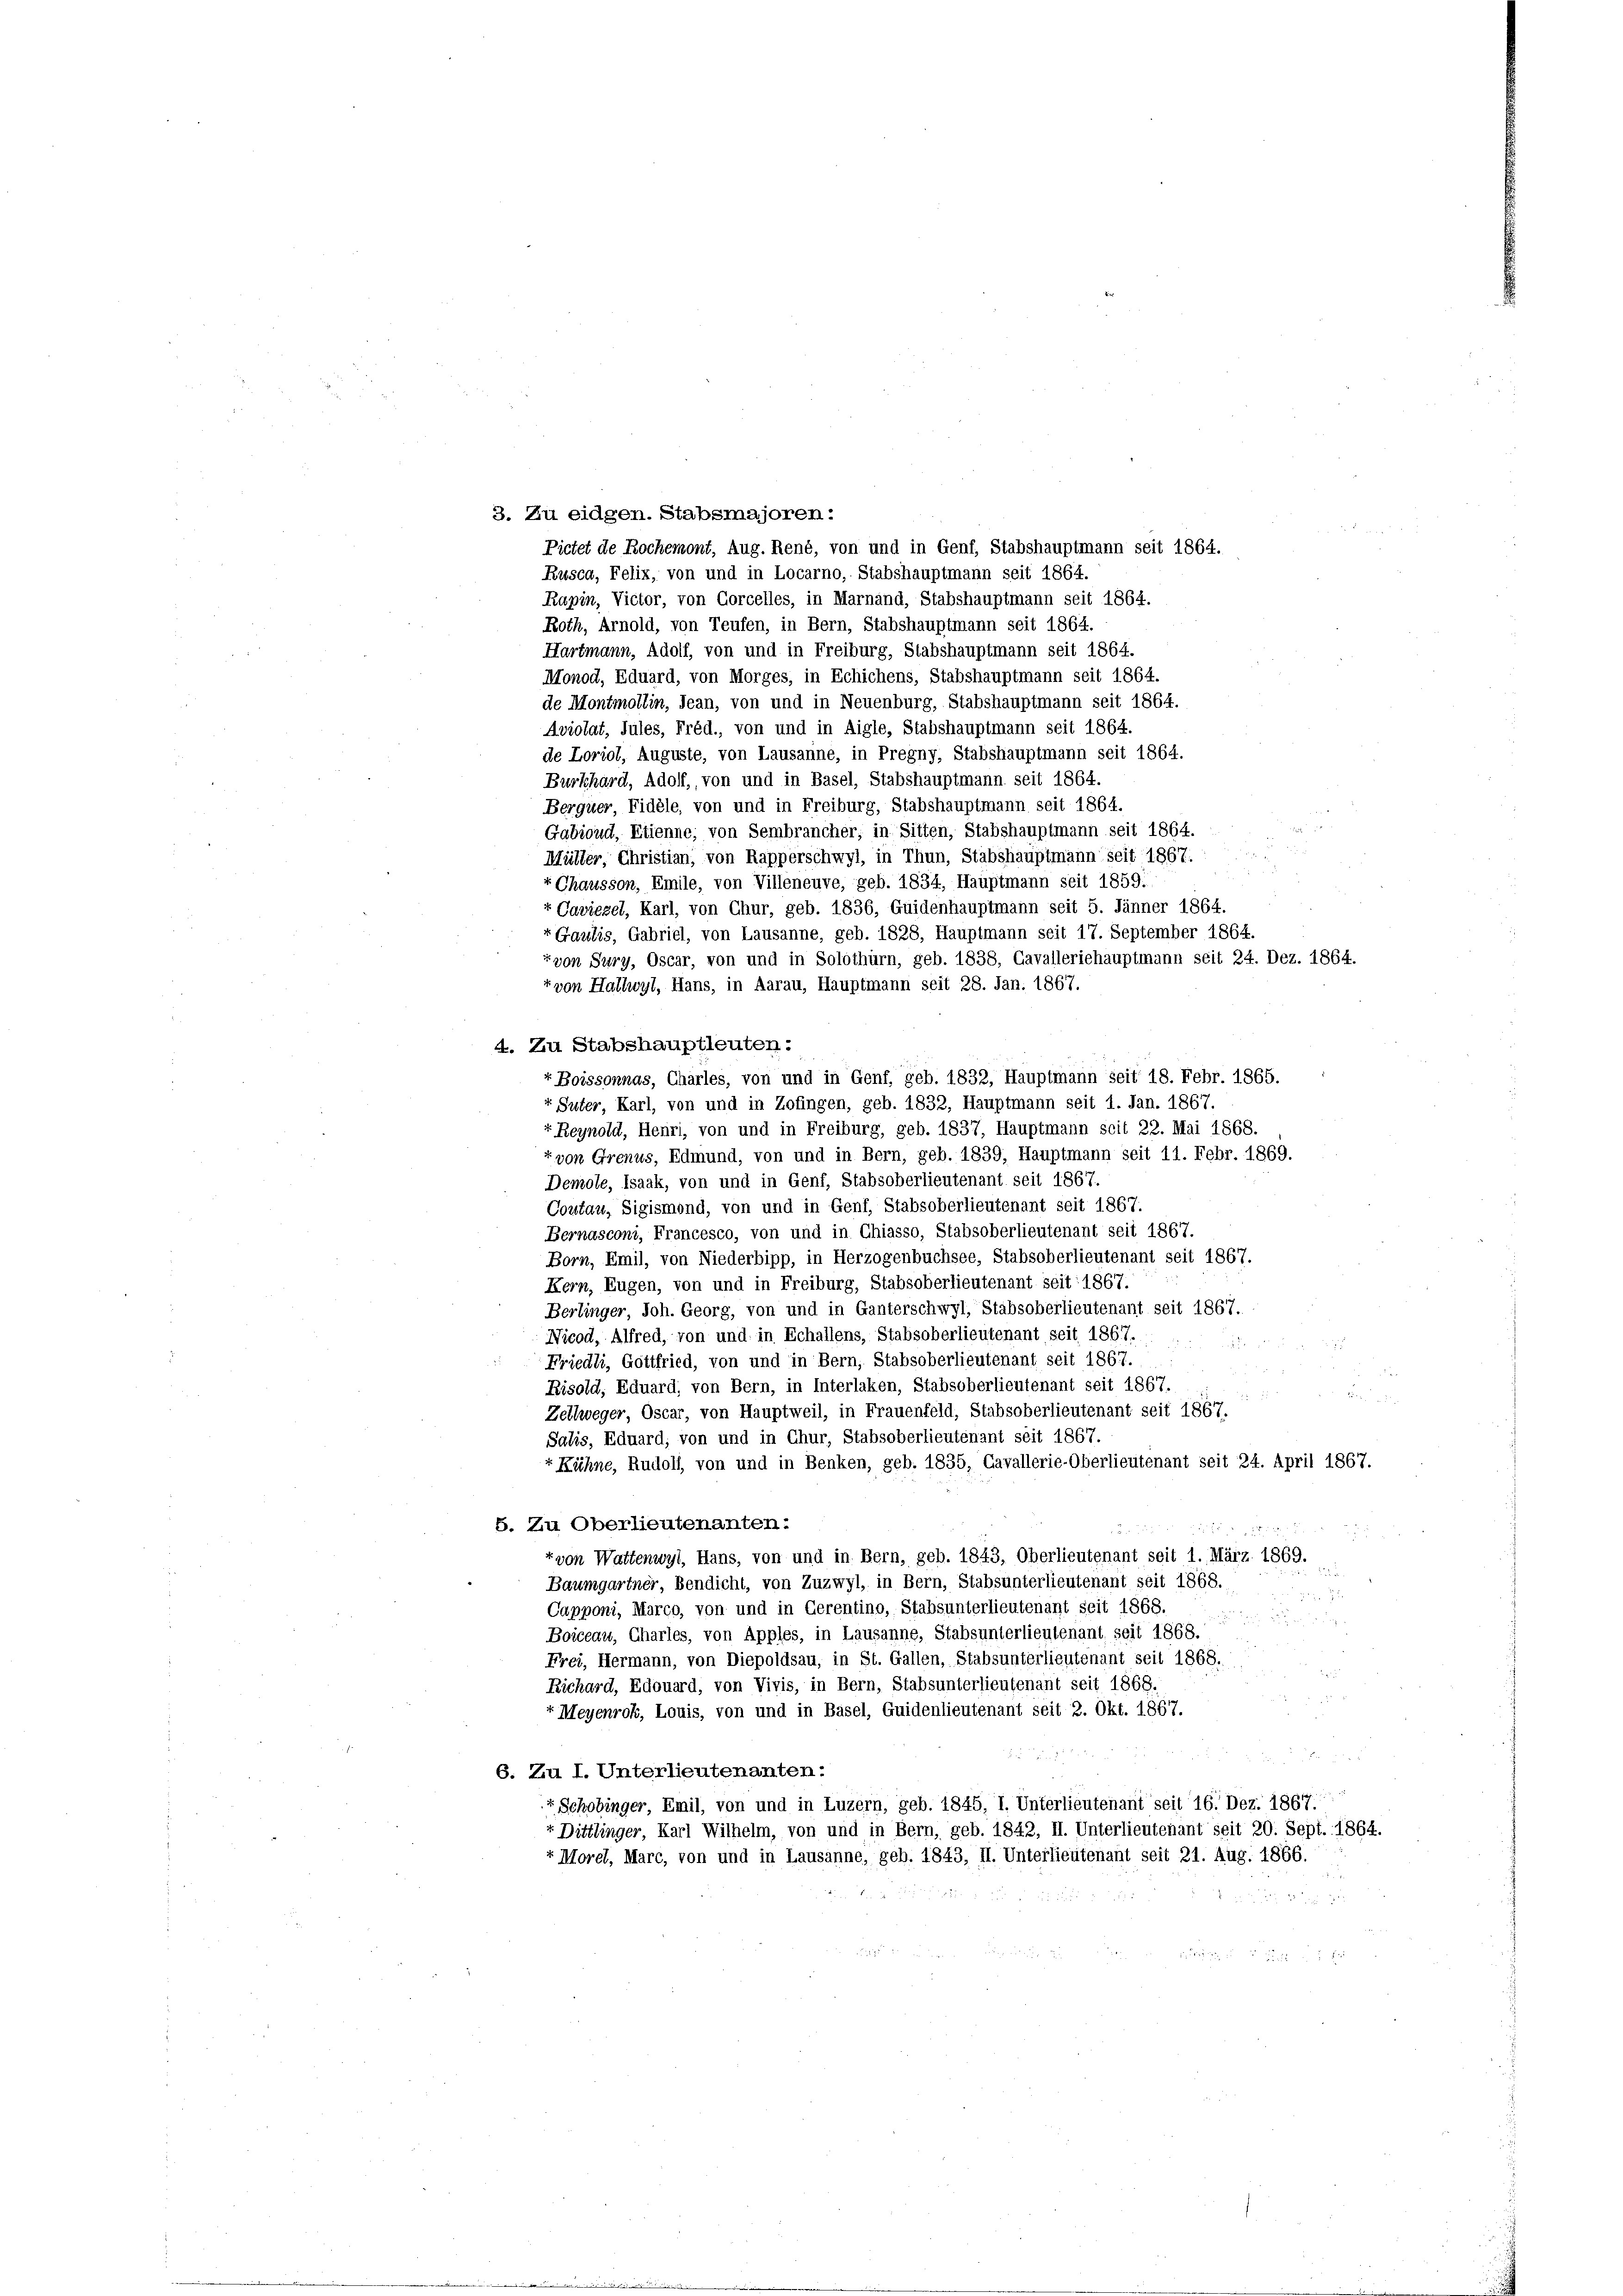
3. Zu eidgen. Stabsmajoren:
Rusca, Felix, von und in Locarno, Stabshauptmann seit 1864.
Rapin, Victor, von Gorcelles, in Marnand, Stabshauptmann seit 1864.
Roth, Arnold, von Teufen, in Bern, Stabshauptmann seit 1864.
Hartmann, Adolf, von und in Freiburg, Stabshauptmann seit 1864.
Monod, Eduard, von Morges, in Echichens, Stabshauptmann seit 1864.
de Montmollin, dean, von und in Neuenburg, Stabshauptmann seit 1864.
Aviolat, Jules, Fréd., von und in Aigle, Stabshauptmann seit 1864.
de Loriol, Auguste, von Lausanne, in Pregny, Stabshauptmann seit 1864.
Burkhard, Adolf, von und in Basel, Stabshauptmann seit 1864.
Berquer, Fidele, von und in Freiburg, Stabshauptmann seit 1864.
Gabioud, Etienne; von Sembrancher, in Sitten, Stabshauptmann seit 1864.
Müller, Christian, von Rapperschwyl, in Thun, Stabshauptmann seit 1867.
+ Chausson, Emile, von Villeneuve, geb. 1834, Hauptmann seit 1859:
r Cariezel, Karl, von Chur, geb. 1836, Guidenhauptmann seit 5. Jänner 1864.
rGaulis, Gabriel, von Lausanne, geb. 1828, Hauptmann seit 17. September 1864.
rvon Sury, Oscar, von und in Solothurn, geb. 1838, Cavalleriehauptmann seit 24. Dez. 1864.
r von Hallwyl, Hans, in Aarau, Hauptmann seit 28. Jan. 1867.
4. Zu Stabshauptleuten:
r Boissonnas, Charles, von und in Genf, geb. 1832, Hauptmann seit 18. Febr. 1865.
«. Suter, Karl, von und in Zofingen, geb. 1832, Hauptmann seit 1. Jan. 1867.
“ Reynold, Henri, von und in Freiburg, geb. 1837, Hauptmann seit 22. Mai 1868.
t von Grenus, Edmund, von und in Bern, geb. 1839, Hauptmann seit 11. Febr. 1869.
Demole, Isaak, von und in Genf, Stabsoberlieutenant seit 1867.
Coutau, Sigismond, von und in Genf, Stabsoberlieutenant seit 1867.
Bernasconi, Francesco, von und in Chiasso, Stabsoberlieutenant seit 1867.
Born, Emil, von Niederbipp, in Herzogenbuchsee, Stabsoberlieutenant seit 1867.
Kern, Eugen, von und in Freiburg, Stabsoberlieutenant seit 1867.
Berlinger, Joh. Georg, von und in Ganterschwyl, Stabsoberlieutenant seit 1867.
Nicod, Alfred, von und in Echallens, Stabsoberlieutenant seit 1867.
.
Friedli, Gottfried, von und in Bern, Stabsoberlieutenant seit 1867.
Fisold, Eduard, von Bern, in Interlaken, Stabsoberlieutenant seit 1867.
u
Zellweger, Oscar, von Hauptweil, in Frauenfeld, Stabsoberlieutenant seit 1867.
Salis, Eduard, von und in Chur, Stabsoberlieutenant seit 1867.
+ Kühne, Rudolf, von und in Benken, geb. 1835, Cavallerie-Oberlieutenant seit 24. April 1867.
5. Zu Oberlieutenanten:
2
x
+ von Wattenwyl, Hans, von und in Bern, geb. 1843, Oberlieutenant seit 1. März. 1869.
Baumgartner, Bendicht, von Zuzwyl, in Bern, Stabsunterlieutenant seit 1868.

Capponi, Marco, von und in Gerentino, Stabsunterlieutenant seit 1868.

Boiceau, Charles, von Apples, in Lausanne, Stabsunterlieutenant seit 1868.
Frei, Hermann, von Diepoldsau, in St. Gallen, Stabsunterlieutenant seit 1868.
Richard, Edouard, von Vivis, in Bern, Stabsunterlieutenant seit 1868.
f Meyenrok, Louis, von und in Basel, Guidenlieutenant seit 2. Okt. 1867.
6. Zu I. Unterlieutenanten:
“ Schobinger, Emil, von und in Luzern, geb. 1845, I. Unterlieutenant seit 16. Dez. 1867.
+ Dittlinger, Karl Wilhelm, von und in Bern, geb. 1842, II. Unterlieutenant seit 20. Sept. 1864.
r Morel, Marc, von und in Lausanne, geb. 1843, II. Unterlieutenant seit 21. Aug. 1866.

Pictet de Rochemont, Aug. René, von und in Genf, Stabshauptmann seit 1864.